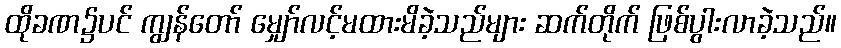
ထိုခဏ၌ပင် ကျွန်တော် မျှော်လင့်မထားမိခဲ့သည်များ ဆက်တိုက် ဖြစ်ပွါးလာခဲ့သည်။